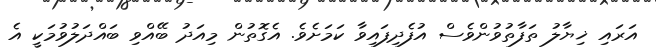
އަރައި ޚިޔާލު ތަފާތުވުންވެސް އުފެދިފައިވާ ކަމަށެވެ. އެގޮތުން މިއަދު ބޭއްވި ބައްދަލުވުމަކީ އެ